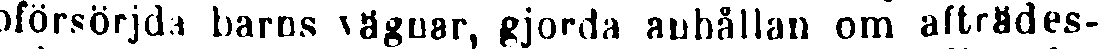
oförsörjda barns vägnar, gjorda anhållan om afträdes-